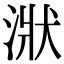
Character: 𣶍